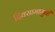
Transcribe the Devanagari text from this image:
दिवसामागुनी